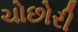
ચોછોરી